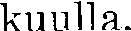
kuulla.